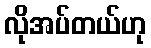
လိုအပ်တယ်ဟု